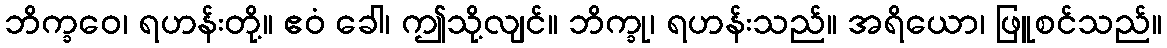
ဘိက္ခဝေ၊ ရဟန်းတို့။ ဧဝံ ခေါ၊ ဤသို့လျင်။ ဘိက္ခု၊ ရဟန်းသည်။ အရိယော၊ ဖြူစင်သည်။